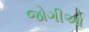
જોગીઓ